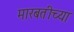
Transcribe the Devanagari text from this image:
मारबतीच्या